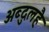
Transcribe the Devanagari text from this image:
अब्दुलहै